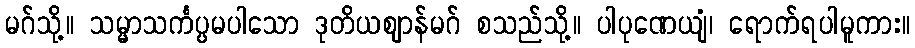
မဂ်သို့။ သမ္မာသင်္ကပ္ပမပါသော ဒုတိယဈာန်မဂ် စသည်သို့။ ပါပုဏေယျံ၊ ရောက်ရပါမူကား။